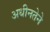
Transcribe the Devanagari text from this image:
अधीनतेने